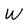
Character: W